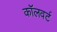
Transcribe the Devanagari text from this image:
कॉलवर्ट